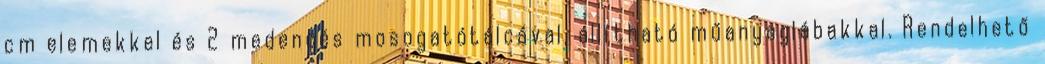
cm elemekkel és 2 medencés mosogatótálcával, állítható műanyaglábakkal. Rendelhető